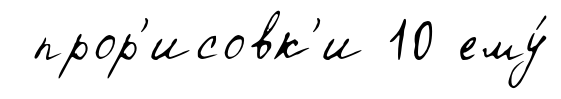
прор'исовк'и 10 ему́